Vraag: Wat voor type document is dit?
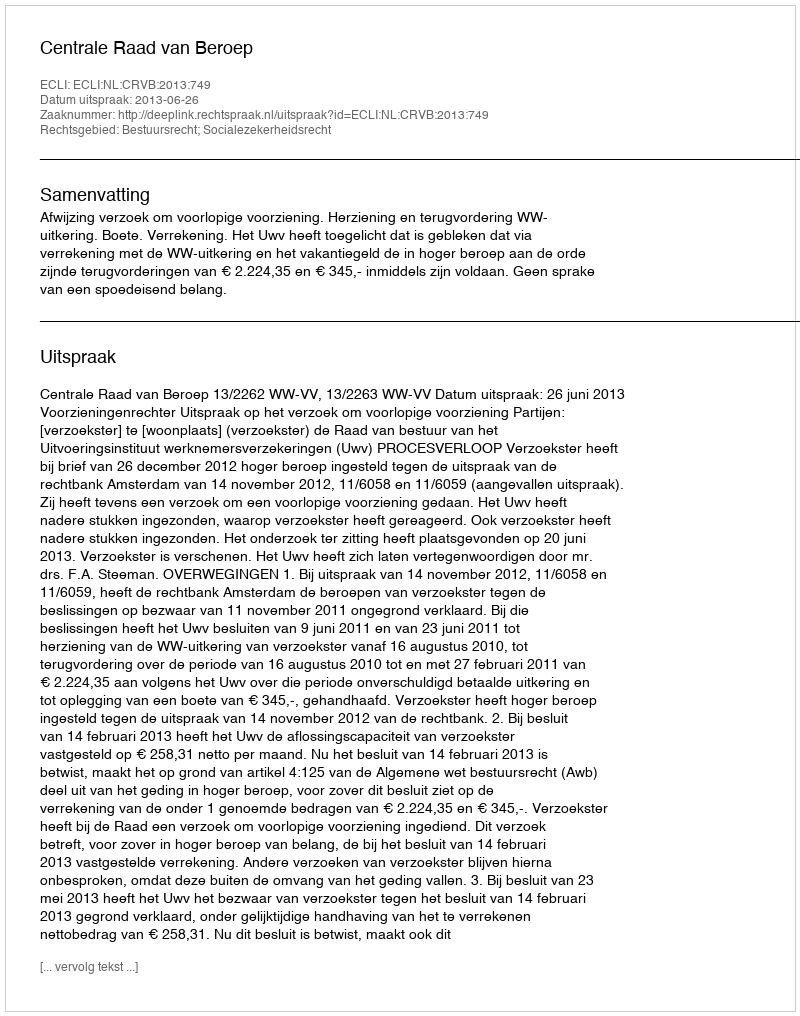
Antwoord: Uitspraak